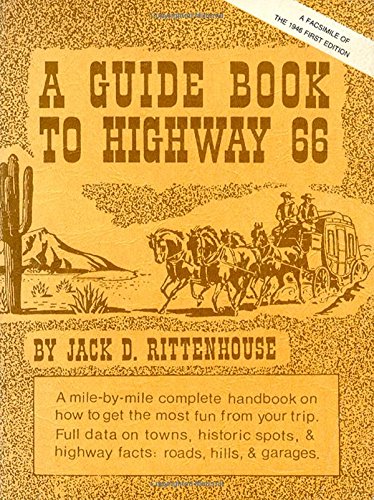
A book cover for A Guide Book to Highway 66; Jack D. Rittenhouse; Travel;